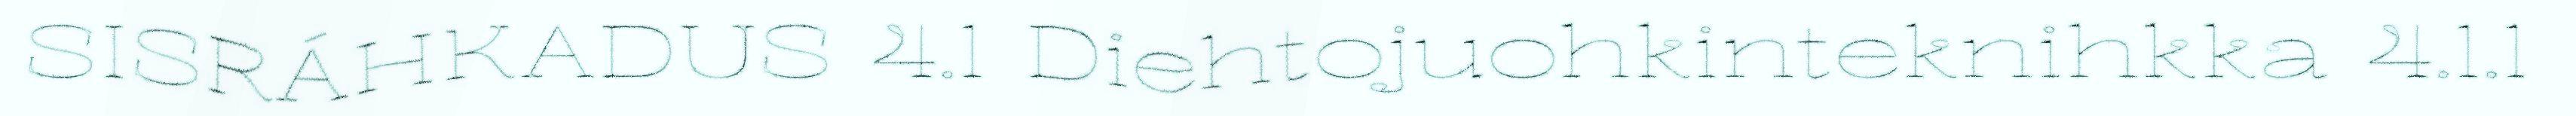
SISRÁHKADUS 4.1 Diehtojuohkinteknihkka 4.1.1